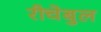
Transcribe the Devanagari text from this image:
रीचेबुल